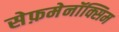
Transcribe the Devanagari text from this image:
सेफ़मेनॉक्सिम